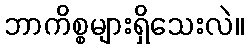
ဘာကိစ္စများရှိသေးလဲ။